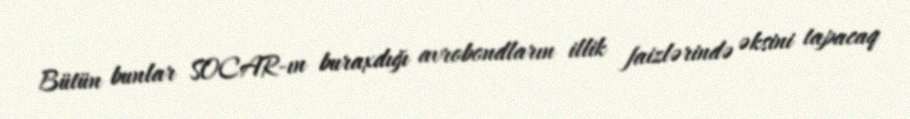
Bütün bunlar SOCAR-ın buraxdığı avrobondların illik faizlərində əksini tapacaq